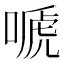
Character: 嗁